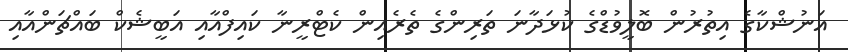
އަނުޝްކާގެ އިތުރުން ބޮލީވުޑްގެ ކުޅަދާނަ ތަރިންގެ ތެރެއިން ކެޓްރީނާ ކައިފްއާއި އަބީޝެކް ބައްޗަންއާއި